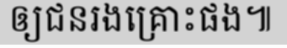
ឲ្យជនរងគ្រោះផង៕